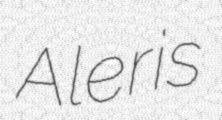
Aleris